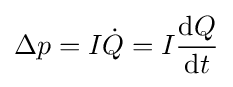
\Delta p=I{\dot {Q}}=I{\mathrm {d} Q \over \mathrm {d} t}